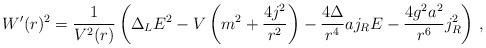
LaTeX: \begin{align*}W^{\prime}(r)^{2}=\frac{1}{V^{2}(r)}\left( \Delta_{L}E^{2}-V\left(m^{2}+\frac{4j^{2}}{r^{2}}\right) -\frac{4\Delta}{r^{4}}aj_{R}E-\frac{4g^{2}a^{2}}{r^{6}}j_{R}^{2}\right) \,,\end{align*}